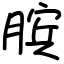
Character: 膑